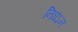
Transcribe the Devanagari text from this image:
निघंऽन